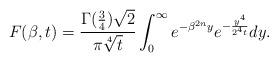
LaTeX: \begin{align*}F(\beta,t)= \frac{\Gamma(\frac{3}{4})\sqrt{2}}{\pi\sqrt[4]{t}}\int_0^{\infty}e^{-\beta^{2n} y}e^{-\frac{y^4}{2^4t}}dy.\end{align*}